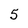
Character: 5